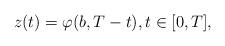
LaTeX: \begin{align*}z(t) = \varphi(b,T-t), t \in [0,T],\end{align*}